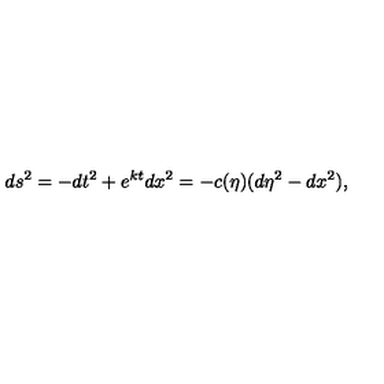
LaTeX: d s ^ { 2 } = - d t ^ { 2 } + e ^ { k t } d x ^ { 2 } = - c ( \eta ) ( d \eta ^ { 2 } - d x ^ { 2 } ) ,